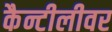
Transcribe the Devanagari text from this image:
कैन्टीलीवर